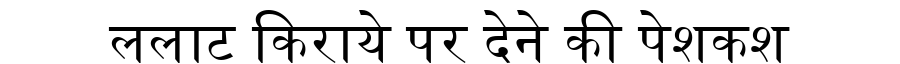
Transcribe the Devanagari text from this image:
ललाट किराये पर देने की पेशकश